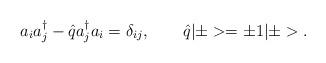
LaTeX: \begin{align*}a_{i}a_{j}^{\dagger} - \hat{q} a_{j}^{\dagger}a_{i} = \delta_{ij}, \qquad \hat{q}|\pm > = \pm 1 |\pm >.\end{align*}